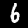
Label: 6